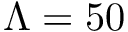
\Lambda = 5 0